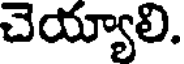
చెయ్యాలి.